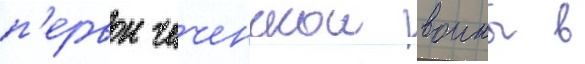
п'ервои чеченскои воины в